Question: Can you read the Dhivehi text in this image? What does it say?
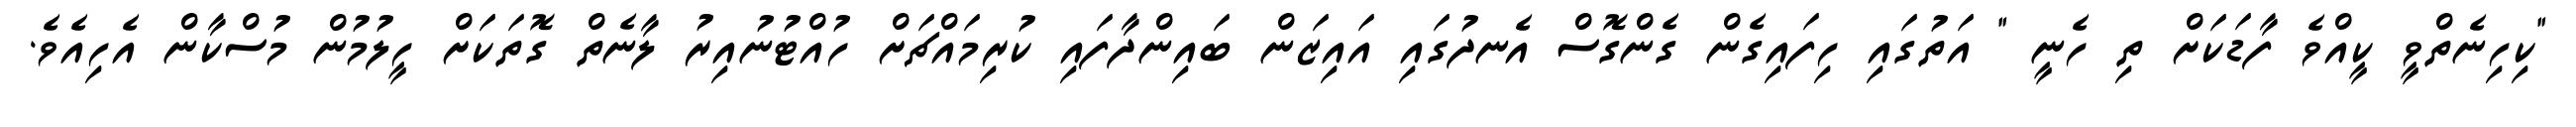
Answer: "ކިހިނެތްވީ ކީއްވެ ފާޑަކަށް ތި ހެނީ " އަތުގައި ހިފައިގެން ގެންގޮސް އެނދުގައި އައިޒަން ބައިންދާފައި ކުރިމައްޗަށް ހުއްޓުނުއިރު ލާނެތް ގޮތަކަށް ހީލުމުން މުސްކާން އެހިއެވެ.